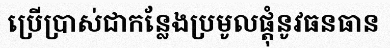
ប្រើប្រាស់ជាកន្លែងប្រមូលផ្តុំនូវធនធាន